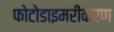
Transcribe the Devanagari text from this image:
फोटोडाइमरीकरण